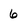
Character: 6